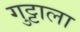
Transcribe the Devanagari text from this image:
गुट्टाला